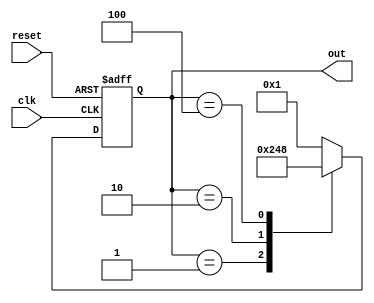
module ring_counter (
    input wire clk,            // Clock signal
    input wire reset,          // Asynchronous reset signal
    output reg [N-1:0] out     // Output representing the current state
);
    parameter N = 4;           // Number of flip-flops (states)

    // Internal signal for next state
    reg [N-1:0] next_state;

    // Always block for state transition
    always @(posedge clk or posedge reset) begin
        if (reset) begin
            out <= 1'b1;       // Initialize to 0001 for a 4-bit counter
        end else begin
            out <= next_state; // Update the state on clock edge
        end
    end

    // Combinational logic for next state
    always @(*) begin
        // Default next state is the same as current
        next_state = out;

        // Generate next state based on current state
        case (out)
            4'b0001: next_state = 4'b0010; // State transition
            4'b0010: next_state = 4'b0100; // State transition
            4'b0100: next_state = 4'b1000; // State transition
            4'b1000: next_state = 4'b0001; // Wrap around
            default: next_state = 4'b0001;  // Default case (shouldn't happen)
        endcase
    end

endmodule